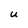
Character: U